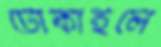
টোকাইলে